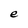
Character: e